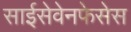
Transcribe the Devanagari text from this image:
साईसेवेनफेसेस